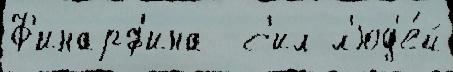
Ф'инарф'ина  с'ил л'юд'е́й